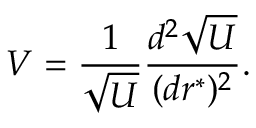
V = { \frac { 1 } { \sqrt { U } } } { \frac { d ^ { 2 } \sqrt { U } } { ( d r ^ { * } ) ^ { 2 } } } .